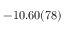
- 1 0 . 6 0 ( 7 8 )